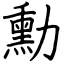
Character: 勳